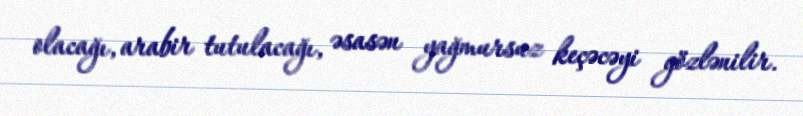
olacağı, arabir tutulacağı, əsasən yağmursuz keçəcəyi gözlənilir.